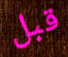
قبل